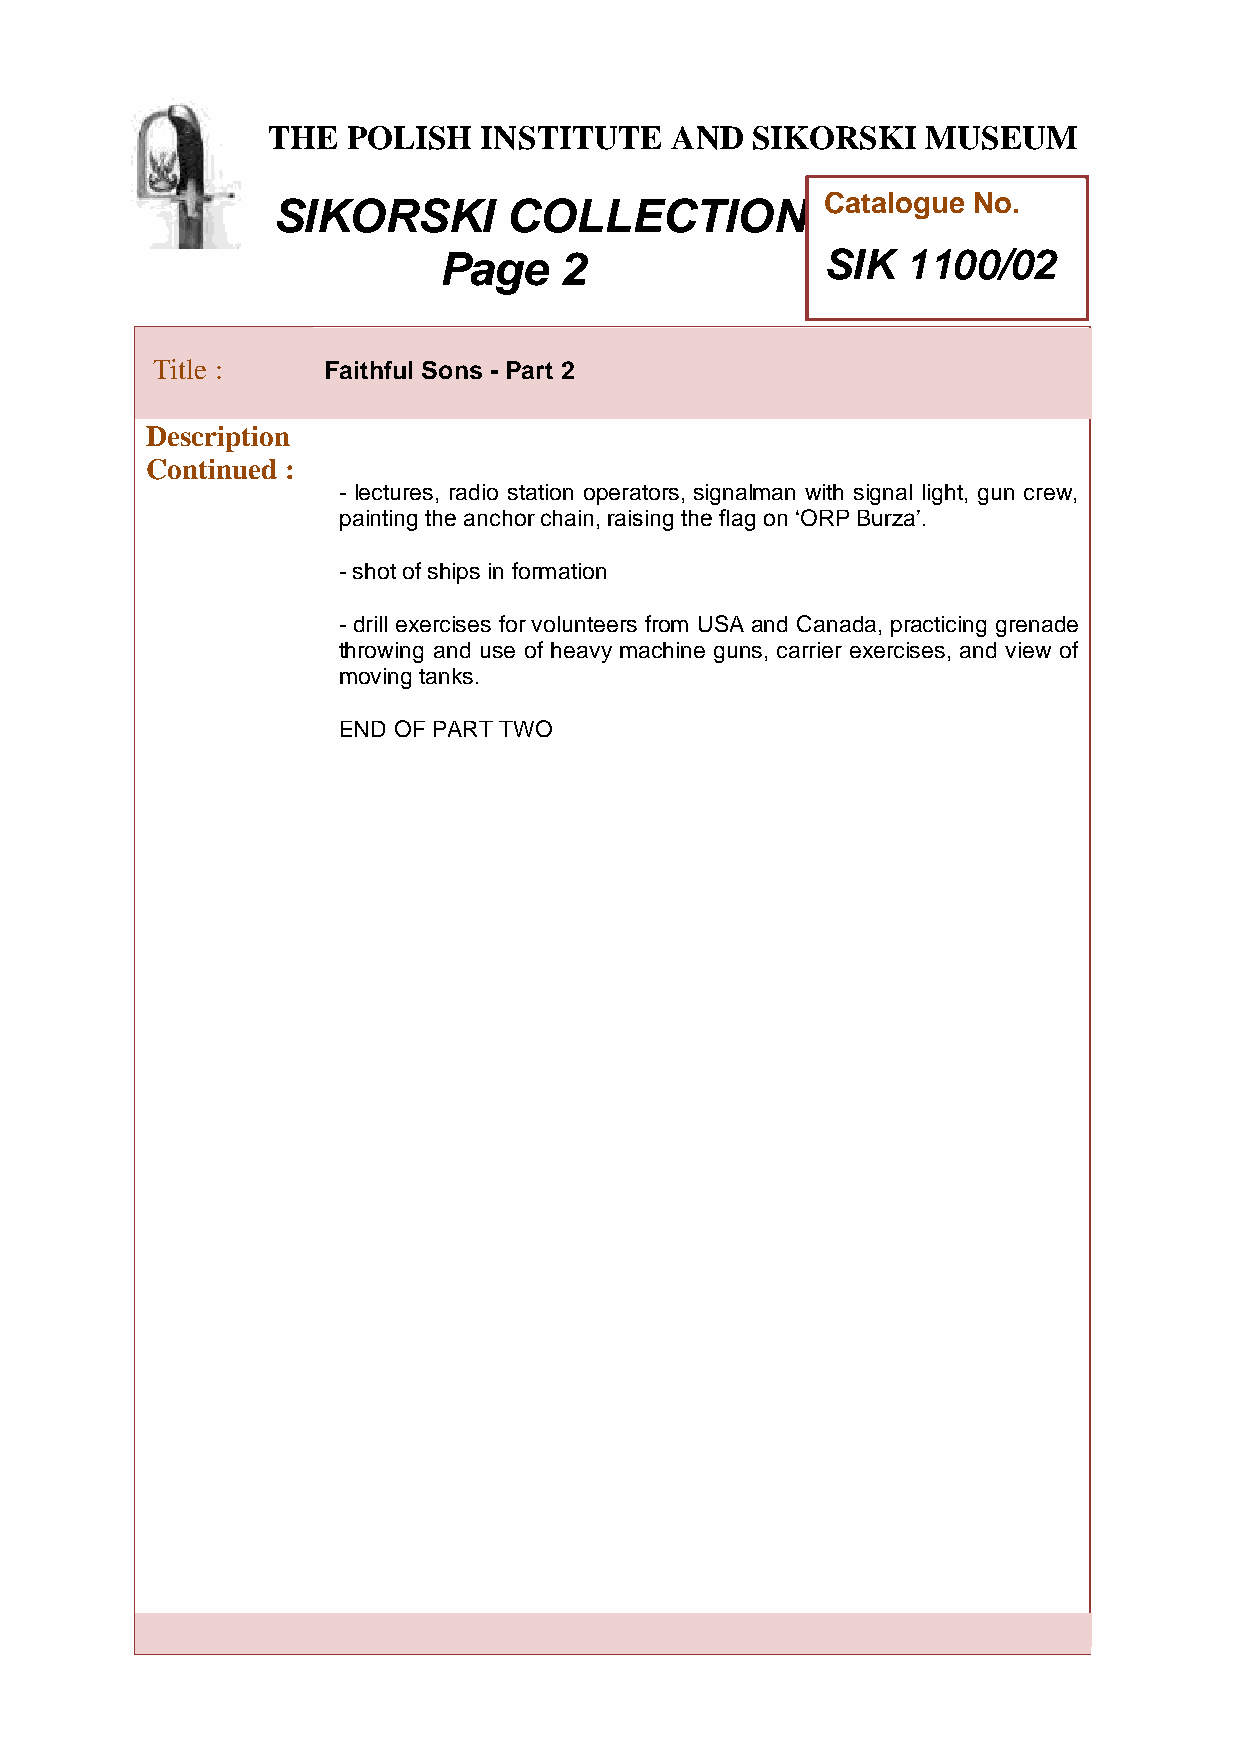
THE  POLISH   INSTITUTE   AND   SIKORSKI   MUSEUM
 Catalogue No.
 SIKORSKI        COLLECTION
 Page    2                 SIK  1100/02
 T
 Title :    Faithful Sons - Part 2
 h
 e
 Des cription
 ConPtinued :
 - lectures, radio station operators, signalman with signal light, gun crew,
 o
 lpainting  the anchor chain, raising the flag on ‘ORP Burza’.
 i
 s
 - shot of ships in formation
 h
 - drill exercises for volunteers from USA and Canada, practicing grenade
 I
 throwing and use of heavy machine guns, carrier exercises, and view of
 n
 moving tanks.
 s
 t
 END OF PiART TWO
 t
 u
 t
 e
 a
 n
 d
 S
 i
 k
 o
 r
 s
 k
 i
 M
 u
 s
 e
 u
 m